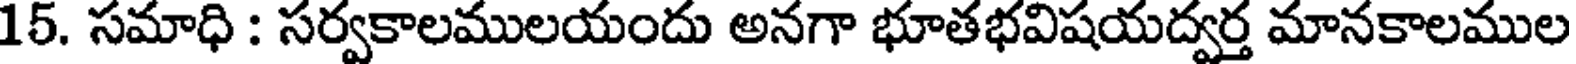
15. సమాధి : సర్వకాలములయందు అనగా భూతభవిషయద్వర్త మానకాలముల